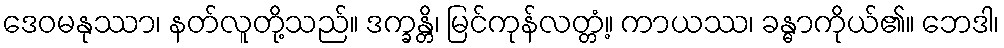
ဒေဝမနုဿာ၊ နတ်လူတို့သည်။ ဒက္ခန္တိ၊ မြင်ကုန်လတ္တံ့။ ကာယဿ၊ ခန္ဓာကိုယ်၏။ ဘေဒါ၊